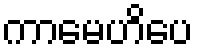
ကာမေဟိပေ